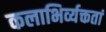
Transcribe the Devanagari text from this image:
कलाभिर्व्यक्ततां